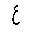
Letter: _ayn